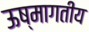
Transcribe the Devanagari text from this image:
ऊष्मागतीय